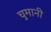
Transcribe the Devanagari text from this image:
चुमानी